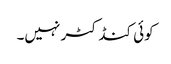
کوئی کنڈکٹر نہیں۔